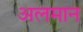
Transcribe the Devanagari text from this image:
अलमान